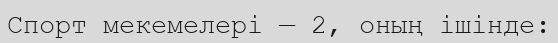
Спорт мекемелері — 2, оның ішінде: